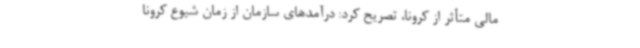
مالی متأثر از کرونا، تصریح کرد: درآمدهای سازمان از زمان شیوع کرونا